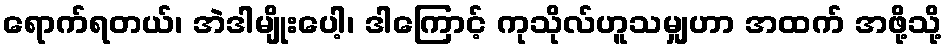
ရောက်ရတယ်၊ အဲဒါမျိုးပေါ့၊ ဒါကြောင့် ကုသိုလ်ဟူသမျှဟာ အထက် အဖို့သို့